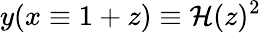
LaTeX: y(x\equiv1+z)\equiv\mathcal{H}(z)^{2}